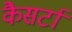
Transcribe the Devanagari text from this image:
कैसर्टा